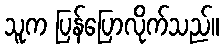
သူက ပြန်ပြောလိုက်သည်။